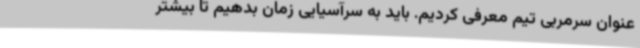
عنوان سرمربی تیم معرفی کردیم. باید به سرآسیایی زمان بدهیم تا بیشتر